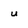
Character: u